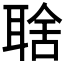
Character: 𦖘